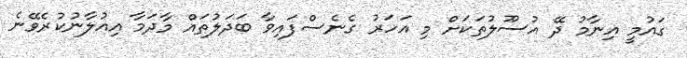
ގައުމީ އިނާމު ދޭ އުސޫލުތަކަށް މި އަހަރު ގެނެސްފައިވާ ބަދަލުތައް މާދަމާ އިއުލާނުކުރެވޭނެ